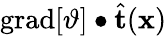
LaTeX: \mathrm{grad}[\vartheta]\bullet\widehat{\mathbf{t}}(\mathbf{x})